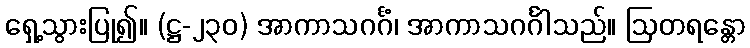
ရှေ့သွားပြု၍။ (ဋ္ဌ-၂၃၀) အာကာသဂင်္ဂံ၊ အာကာသဂင်္ဂါသည်။ ဩတရန္တော